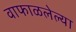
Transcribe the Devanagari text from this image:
वाफाळलेल्या